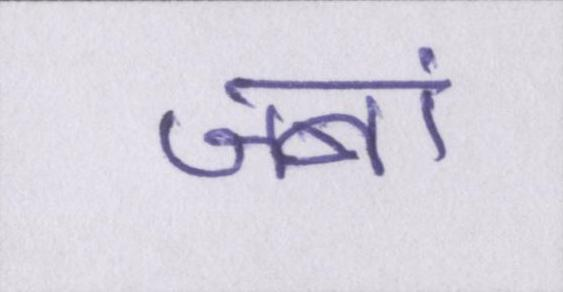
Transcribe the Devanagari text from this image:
जबां